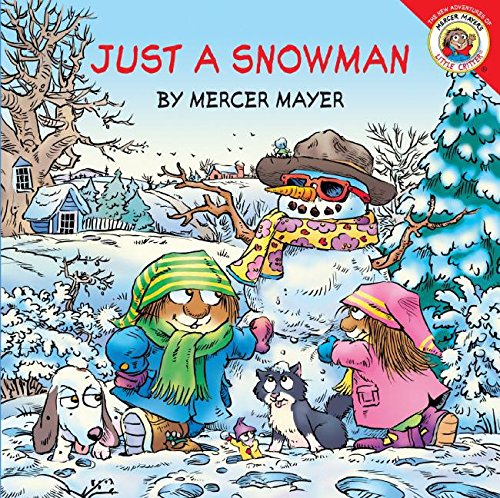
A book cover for Little Critter: Just a Snowman; Mercer Mayer; Children's Books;